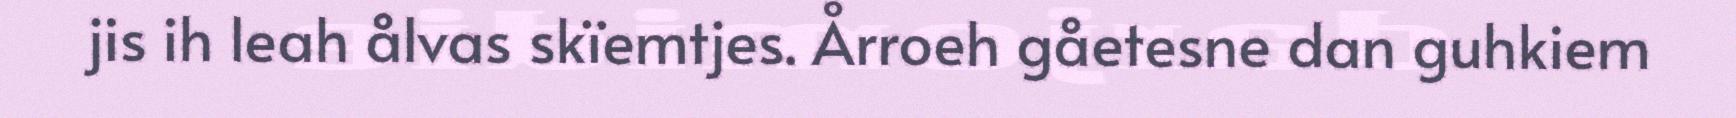
jis ih leah ålvas skïemtjes. Årroeh gåetesne dan guhkiem